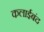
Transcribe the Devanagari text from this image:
कलाईबंद